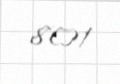
801